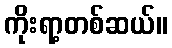
ကိုးရာ့တစ်ဆယ်။